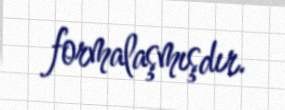
formalaşmışdır.